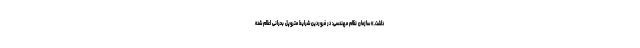
داشت.» سازمان نظام مهندسی: در فروردین شرایط متروپل بحرانی اعلام شده